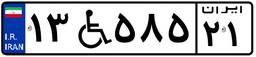
۱۳W۵۸۵۲۱